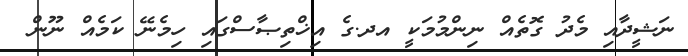
ނަޝީދާއި މެދު ގޮތެއް ނިންމުމަކީ އދ.ގެ އިޚްތިޞާސްގައި ހިމެނޭ ކަމެއް ނޫން